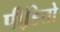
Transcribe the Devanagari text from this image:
पीडि़तो